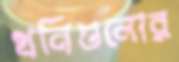
খনিগুলোর